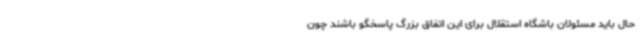
حال باید مسئولان باشگاه استقلال برای این اتفاق بزرگ پاسخگو باشند چون